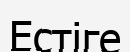
Естіге